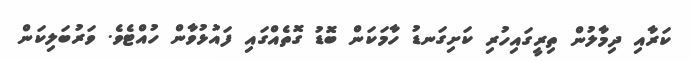
ކަރާއި ދިމާލުން ތިރީގައިހުރި ކަށިގަނޑު ހާމަކަން ބޮޑު ގޮތެއްގައި ފައުޅުވާން ހުއްޓެވެ. ވަރުބަލިކަން